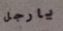
يارجل